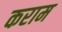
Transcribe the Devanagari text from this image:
कराम